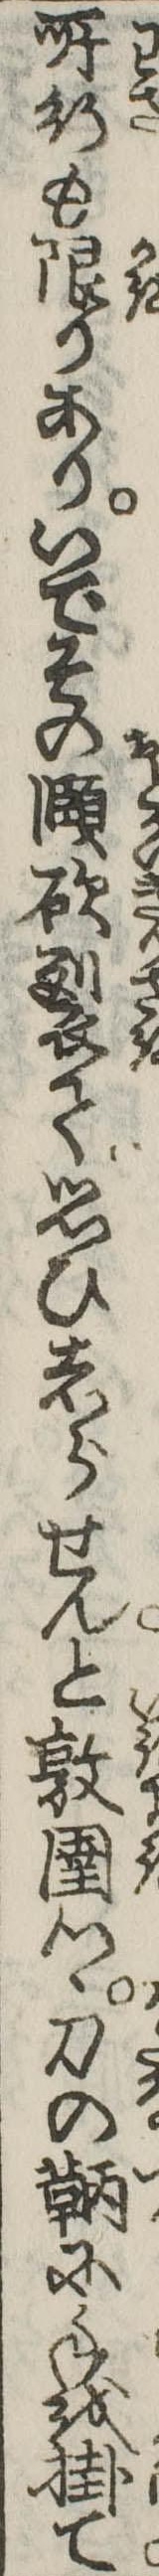
所行も限りありいでその頥砍裂て思ひしらせんと敦圉つゝ刀の鞆に手を掛て